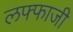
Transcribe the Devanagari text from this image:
लफ्फाजी